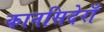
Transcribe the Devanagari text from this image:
कानसिदेराँ